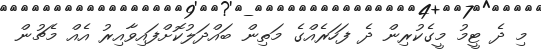
މި ދެ ޓީމު މީގެކުރިން ދެ ފަހަރެއްގެ މަތިން ބައްދަލުކޮށްފައިވާއިރު އެއް މެޗުން